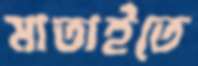
মাতাইতে